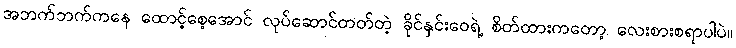
အဘက်ဘက်ကနေ ထောင့်စေ့အောင် လုပ်ဆောင်တတ်တဲ့ ခိုင်နှင်းဝေရဲ့ စိတ်ထားကတော့ လေးစားစရာပါပဲ။